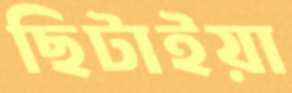
ছিটাইয়া